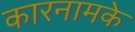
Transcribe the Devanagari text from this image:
कारनामके